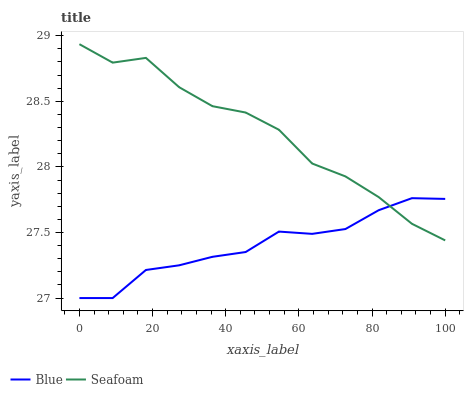
| xaxis_label | Blue | Seafoam |
 | --- | --- | --- |
 | 0 | 27 | 28.9 |
 | 9.09 | 27 | 28.8 |
 | 18.2 | 27.2 | 28.8 |
 | 27.3 | 27.2 | 28.6 |
 | 36.4 | 27.3 | 28.5 |
 | 45.5 | 27.4 | 28.4 |
 | 54.5 | 27.5 | 28.3 |
 | 63.6 | 27.5 | 28 |
 | 72.7 | 27.5 | 27.9 |
 | 81.8 | 27.7 | 27.8 |
 | 90.9 | 27.8 | 27.6 |
 | 100 | 27.8 | 27.4 |